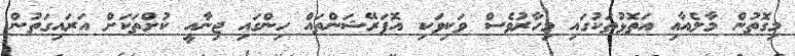
މިގޮތުން މާލެއާއި އަތޮޅުތަކުގައި މިހާރުވެސް ވަކިވަކި އޮޕަރޭޝަންތައް ހިންގައި ޖިނާއީ ކުށްތަކަށް އަރައިގަތުން